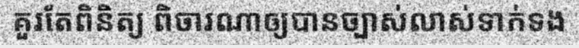
គួរតែពិនិត្យ ពិចារណាឲ្យបានច្បាស់លាស់ទាក់ទង